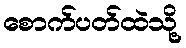
စောက်ပတ်ထဲသို့